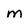
Character: m